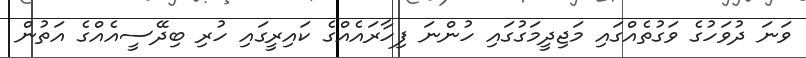
ވަނަ ދުވަހުގެ ވަގުތެއްގައި މަޖިދީމަގުގައި ހުންނަ ފިހާރައެއްގެ ކައިރީގައި ހުރި ބިދޭސީއެއްގެ އަތުން